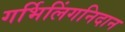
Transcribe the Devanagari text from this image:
गर्भिलिंगनिदान